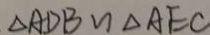
\Delta A D B \sim \Delta A E C